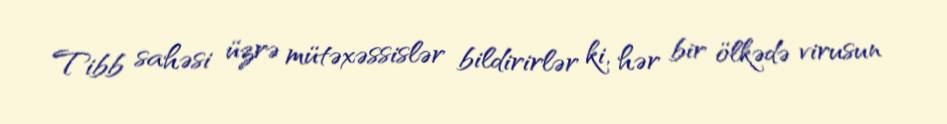
Tibb sahəsi üzrə mütəxəssislər bildirirlər ki, hər bir ölkədə virusun